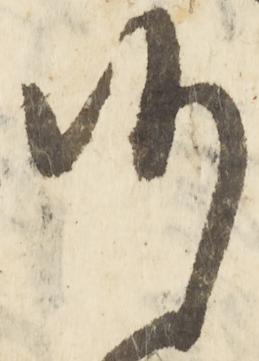
候